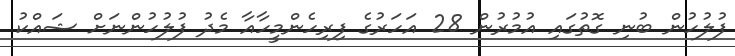
ފުލުހުން ބުނި ގޮތުގައި އުމުރުން 28 އަހަރުގެ ފިރިހެންމީހާއާ މެދު ފުލުހުންނަށް ޝައްކު